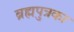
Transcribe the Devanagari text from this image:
ब्रह्मपुत्रका